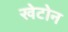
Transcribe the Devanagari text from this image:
खेटोन